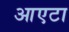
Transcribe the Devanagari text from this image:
आएटा